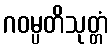
ဂဝမ္ပတိသုတ္တံ